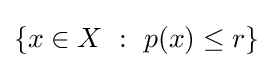
\{x\in X~:~p(x)\leq r\}